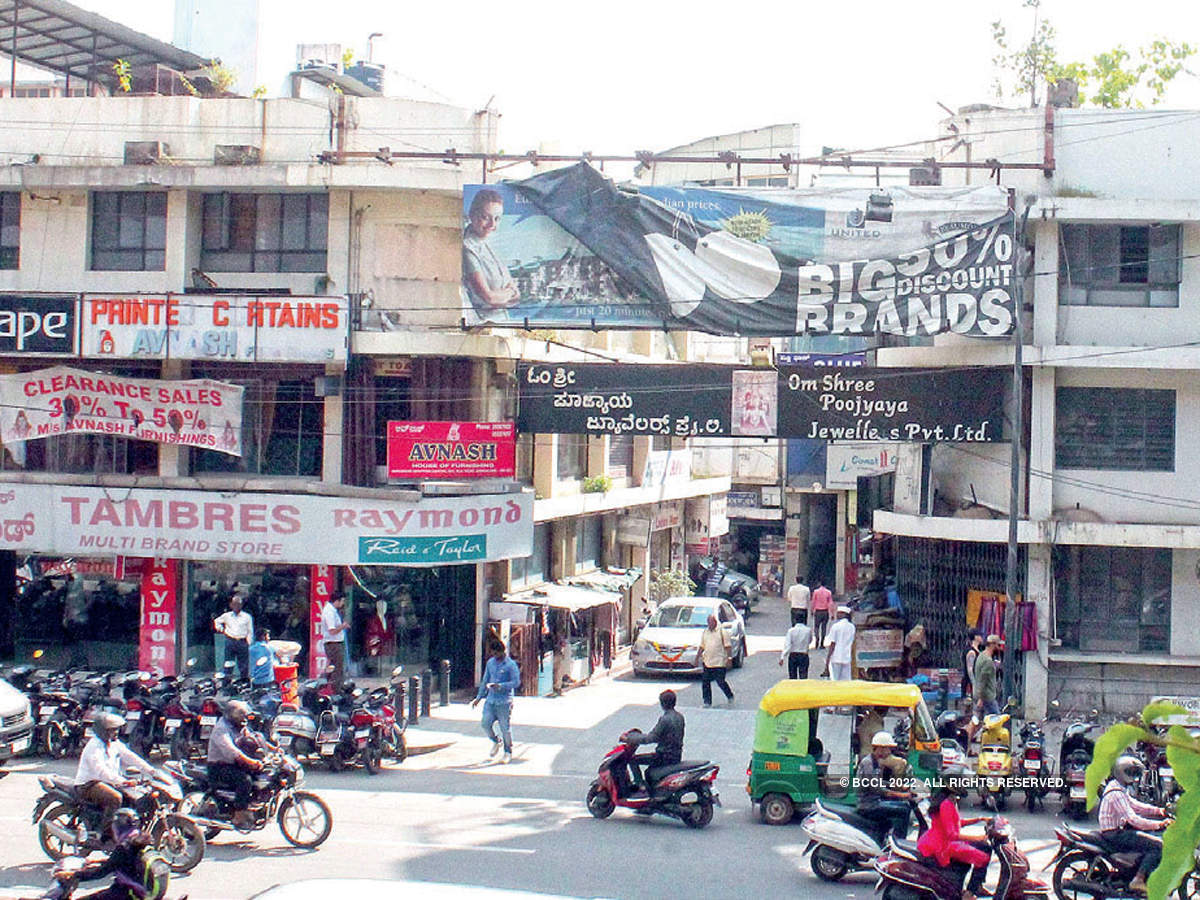
Language: kannada
Transcription: ಪೂಜ್ಯಾಯ ಪ್ರೈ .ಲಿ. ಓಂ ಶ್ರೀ